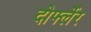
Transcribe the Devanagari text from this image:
दोर्फ्लेर